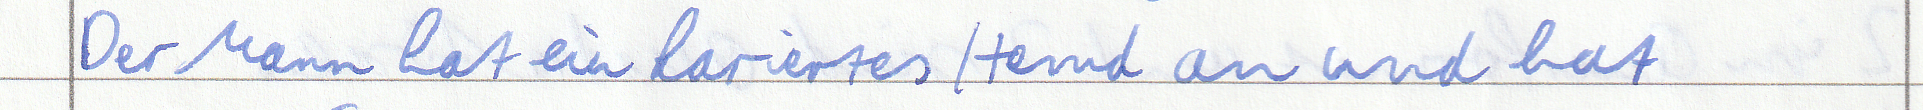
Der Mann hat ein kariertes Hemd an und hat